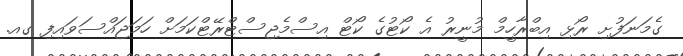
ގެމަނަފުށި ރޯޅި އިބްރާހީމް މުނީރު އެ ކޯޓުގެ ކޯޓް އިސްމެޖިސްޓްރޭޓްކަމަށް ހަމަޖައްސަވައިފި ގއ.